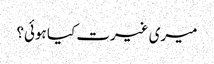
میری غیرت کیا ہوئی؟